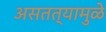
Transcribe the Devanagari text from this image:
असतत्यामुळे